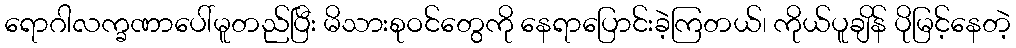
ရောဂါလက္ခဏာပေါ်မူတည်ပြီး မိသားစုဝင်တွေကို နေရာပြောင်းခဲ့ကြတယ်၊ ကိုယ်ပူချိန် ပိုမြင့်နေတဲ့